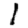
Digit: 1